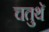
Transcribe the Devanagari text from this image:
चतुथॅ